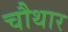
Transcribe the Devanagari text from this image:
चौथार